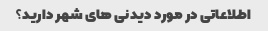
اطلاعاتی در مورد دیدنی های شهر دارید؟